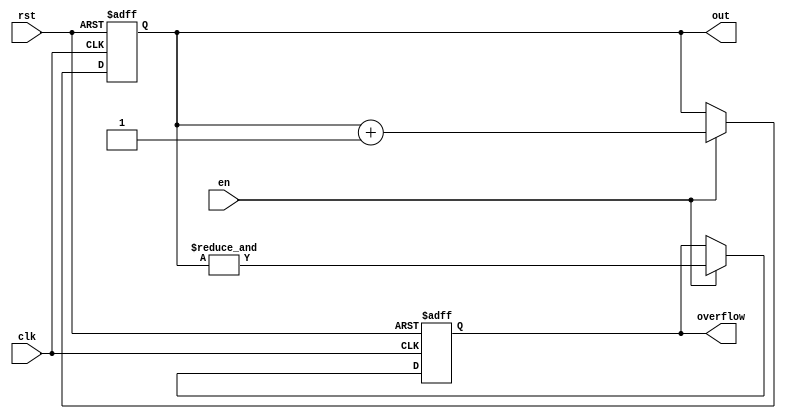
`timescale 1 ns / 100 ps



module counter #(
    //Top level block parameters
    parameter WIDTH = 4
) (
	out,
	clk,
    en,
	rst,
    overflow
);

   

//Output ports
output reg [WIDTH-1:0] out;
output reg          overflow;
   

//Input ports
input clk;
input rst;
input en;
   



always @(posedge clk or posedge rst) begin
  if (rst) begin
    out <= 0;
    overflow <= 0;
  end else if (en) begin
    out <= out + 1;
    //overflow <= (out == 2 ** WIDTH -1);  
    overflow <= &out;
     
  end
end
endmodule // counter



////module comparator2 (
////	y,
////	a,
////    b
////);
////
////   output       y;
////   input  [1:0] a,b;
////
////   assign y = (a[1] & ~b[1]) | (a[0] & ~b[1] & ~b[0]) | (a[1] & a[0] & ~b[0]);
////   
////
////endmodule // comparator2


module comp_1b (
	a,
    b,
    equal,
    a_larger
);

   output       equal,a_larger;
   input        a,b;

   assign equal    = (a  & b) | (~a & ~b);
   assign a_larger = (a  & ~b);
   

endmodule // comp_1b


              
module comp_2b (
	a_gt_b,
	a,
    b
);

   output       a_gt_b;
   input  [1:0] a,b;

   wire [1:0]   e,agt;

   comp_1b comp0(.a(a[0]),.b(b[0]),.equal(e[0]),.a_larger(agt[0]));
   comp_1b comp1(.a(a[1]),.b(b[1]),.equal(e[1]),.a_larger(agt[1]));

   assign a_gt_b = agt[1] | (agt[0] & e[1]);
   

endmodule // comp_2b



module comp_4b (
	a_gt_b,
	a,
    b
);

   output       a_gt_b;
   input  [3:0] a,b;

   wire [3:0]   e,agt;

   comp_1b comp0(.a(a[0]),.b(b[0]),.equal(e[0]),.a_larger(agt[0]));
   comp_1b comp1(.a(a[1]),.b(b[1]),.equal(e[1]),.a_larger(agt[1]));
   comp_1b comp2(.a(a[2]),.b(b[2]),.equal(e[2]),.a_larger(agt[2]));
   comp_1b comp3(.a(a[3]),.b(b[3]),.equal(e[3]),.a_larger(agt[3]));

   assign a_gt_b = agt[3] | (agt[2] & e[3]) | (agt[1] & e[3] & e[2]) | (agt[0] & e[3] & e[2] & e[1]);
   

endmodule // comp_4b


module comp_8b (
	a_gt_b,
	a,
    b
);

   output       a_gt_b;
   input  [7:0] a,b;

   wire [7:0]   e,agt;

   wire         e76,e75,e74,e73,e72,e71;
   

   comp_1b comp0(.a(a[0]),.b(b[0]),.equal(e[0]),.a_larger(agt[0]));
   comp_1b comp1(.a(a[1]),.b(b[1]),.equal(e[1]),.a_larger(agt[1]));
   comp_1b comp2(.a(a[2]),.b(b[2]),.equal(e[2]),.a_larger(agt[2]));
   comp_1b comp3(.a(a[3]),.b(b[3]),.equal(e[3]),.a_larger(agt[3]));
   comp_1b comp4(.a(a[4]),.b(b[4]),.equal(e[4]),.a_larger(agt[4]));
   comp_1b comp5(.a(a[5]),.b(b[5]),.equal(e[5]),.a_larger(agt[5]));
   comp_1b comp6(.a(a[6]),.b(b[6]),.equal(e[6]),.a_larger(agt[6]));
   comp_1b comp7(.a(a[7]),.b(b[7]),.equal(e[7]),.a_larger(agt[7]));

   assign e76 = e[7] & e[6];
   assign e75 = e76  & e[5];
   assign e74 = e75  & e[4];
   assign e73 = e74  & e[3];
   assign e72 = e73  & e[2];
   assign e71 = e72  & e[1];
   
   assign a_gt_b = agt[7] | (agt[6] & e[7]) | (agt[5] & e76) | (agt[4] & e75) | (agt[3] & e74) | (agt[2] & e73) | (agt[1] & e72) | (agt[0] & e71);
   

endmodule // comp_8b


module prg_4b (
	clk,
    rst,
    en,
    bin_in,
    sn_out,
    ctr_overflow  
);

   input       clk,rst,en;
   input [3:0] bin_in;
   output      sn_out,ctr_overflow;

   wire [3:0]  ctr4_out;
   
   

counter #(
   .WIDTH (4)
) ctr4 (
  .clk(clk),
  .rst(rst),
  .en(en),
  .out(ctr4_out),
  .overflow(ctr_overflow)
);


comp_4b     comp4 (.a(bin_in), .b(ctr4_out), .a_gt_b(sn_out));

endmodule // prg_4b


module prg_8b (
	clk,
    rst,
    en,
    bin_in,
    sn_out,
    ctr_overflow  
);

   input       clk,rst,en;
   input [7:0] bin_in;
   output      sn_out,ctr_overflow;

   wire [7:0]  ctr8_out;
   
   

counter #(
   .WIDTH (8)
) ctr8 (
  .clk(clk),
  .rst(rst),
  .en(en),
  .out(ctr8_out),
  .overflow(ctr_overflow)
);


comp_8b     comp8 (.a(bin_in), .b(ctr8_out), .a_gt_b(sn_out));

endmodule // prg_8b



module det_stoch_mul (
	a,
    b,
    y
);

   input a,b;
   output y;

   assign y = a & b;

endmodule // det_stoch_mul


module det_stoch_scale_add (
	a,
    b,
    s,
    y
);

   input a,b,s;
   output y;

   assign y = ( a & ~s ) | ( b & s );

endmodule // det_stoch_mul

module dsc_mac_top (
	clk,
    rst,
    en,
    input_bin_a,
    input_bin_b,
    input_bin_c,
    en_c,
    bin_out,
    bin_out_overflow                                                
);

   input clk,rst,en,en_c;
   input [3:0] input_bin_a,input_bin_b;
   input [7:0] input_bin_c;

   output [7:0] bin_out;
   output bin_out_overflow;

   wire   sn_out_a,sn_out_b;
   wire   ctr4_overlflow_a,ctr4_overflow_b;

   wire   start_add,op_end;

   wire   sn_out_c,ctr8_overflow_c;

   wire   sn_mul_out,sn_add_out;
   
   
   
   
   

//bin2stoch a   
prg_4b dut_prg4b_a (
  .clk(clk),
  .rst(rst),
  .en(en),
  .bin_in(input_bin_a),
  .sn_out(sn_out_a),
  .ctr_overflow(ctr4_overflow_a)         
);

//bin2stoch b
prg_4b dut_prg4b_b (
  .clk(ctr4_overflow_a),
  .rst(rst),
  .en(en),
  .bin_in(input_bin_b),
  .sn_out(sn_out_b),
  .ctr_overflow(ctr4_overflow_b)         
);

//control counter
counter #(
  .WIDTH (1)
) control (
  .clk(ctr4_overflow_b),
  .rst(rst),
  .en(en),
  .out(start_add),
  .overflow(op_end)
);
           

//multiplier circuit
det_stoch_mul dut_mul (
  .a(sn_out_a),
  .b(sn_out_b),
  .y(sn_mul_out)
);

prg_8b dut_prg8b_c (
  .clk(clk),
  .rst(rst),
  .en(en_c),
  .bin_in(input_bin_c),
  .sn_out(sn_out_c),
  .ctr_overflow(ctr8_overflow_c)         
);

det_stoch_scale_add dut_adder (
  .a(sn_mul_out),
  .b(sn_out_c),
  .s(start_add),
  .y(sn_add_out)
);

                       
//stoch2bin out
counter #(
  .WIDTH (8)
) stoch2bin_out (
  .clk(clk),
  .rst(rst),
  .en(sn_add_out),
  .out(bin_out),
  .overflow(bin_out_overflow)
);
   

endmodule // dsc_mac_top